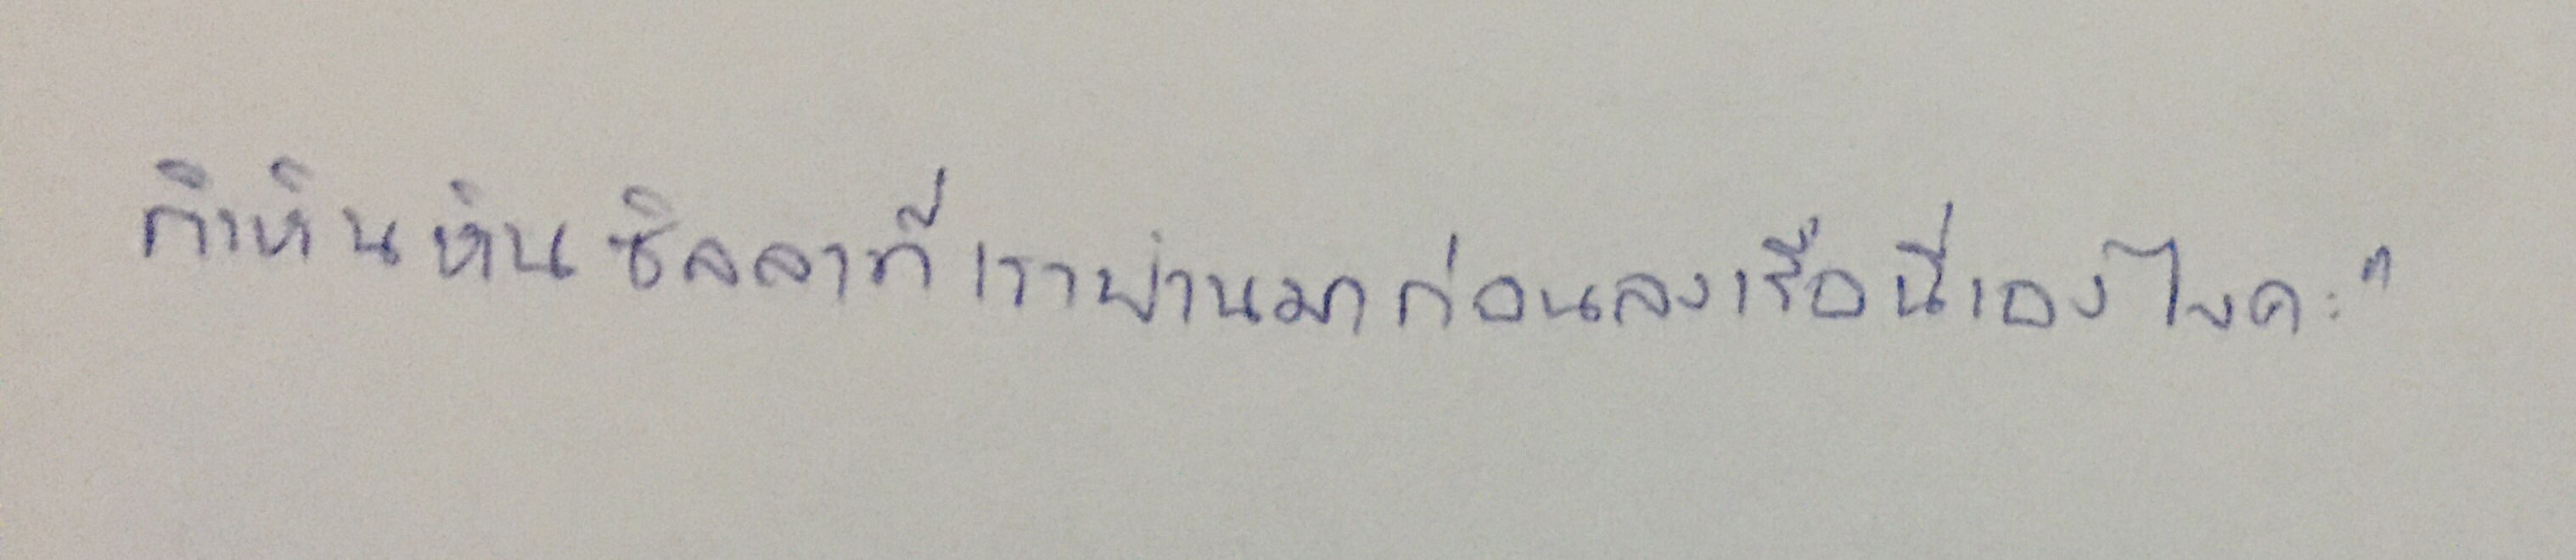
ก็เห็นหินซิลลาที่เราผ่านมาก่อนลงเรือนี่เองไงคะ"